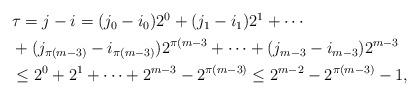
LaTeX: \begin{align*}\begin{aligned} &\tau=j-i=(j_0-i_0)2^0+(j_1-i_1)2^1+\cdots\\&+(j_{\pi(m-3)}-i_{\pi(m-3)})2^{\pi(m-3}+\cdots+(j_{m-3}-i_{m-3})2^{m-3}\\& \leq 2^0+2^1+\cdots+2^{m-3}-2^{\pi(m-3)} \leq 2^{m-2}-2^{\pi(m-3)}-1, \end{aligned}\end{align*}